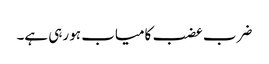
ضرب عضب کامیاب ہو رہی ہے۔